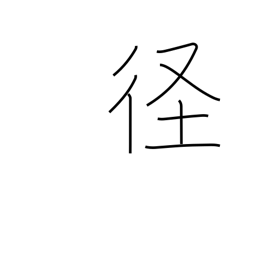
Meaning: diameter